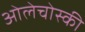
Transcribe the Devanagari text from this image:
ओलेचोस्की